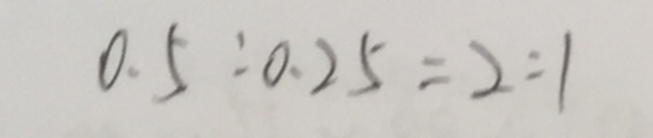
0 . 5 : 0 . 2 5 = 2 : 1